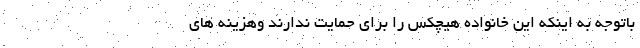
باتوجه به اینکه این خانواده هیچکس را برای حمایت ندارند وهزینه های